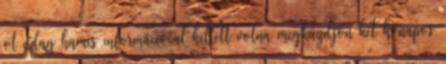
öt adag hamis információval kellett volna megküzdjön két hónapos